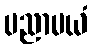
ပညာမယံ